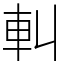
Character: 䡂